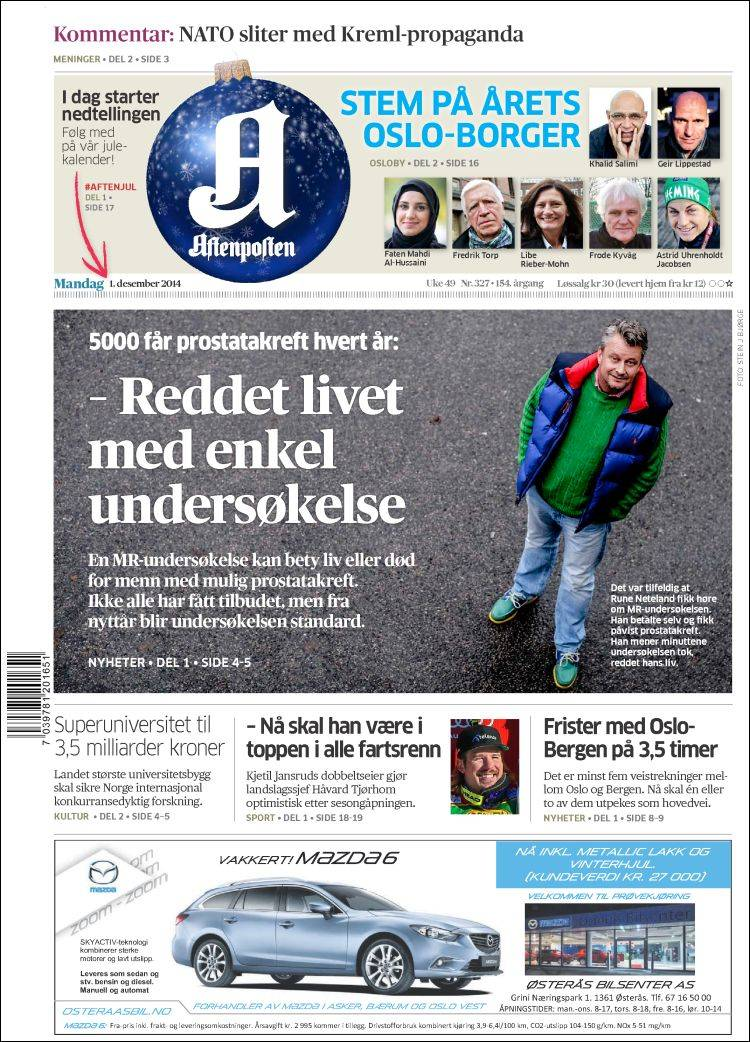
Language: no